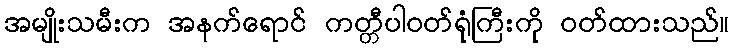
အမျိုးသမီးက အနက်ရောင် ကတ္တီပါဝတ်ရုံကြီးကို ဝတ်ထားသည်။